Lunatic asylums Bombay report 1878-1890 - 1878-1890
Year: 1878
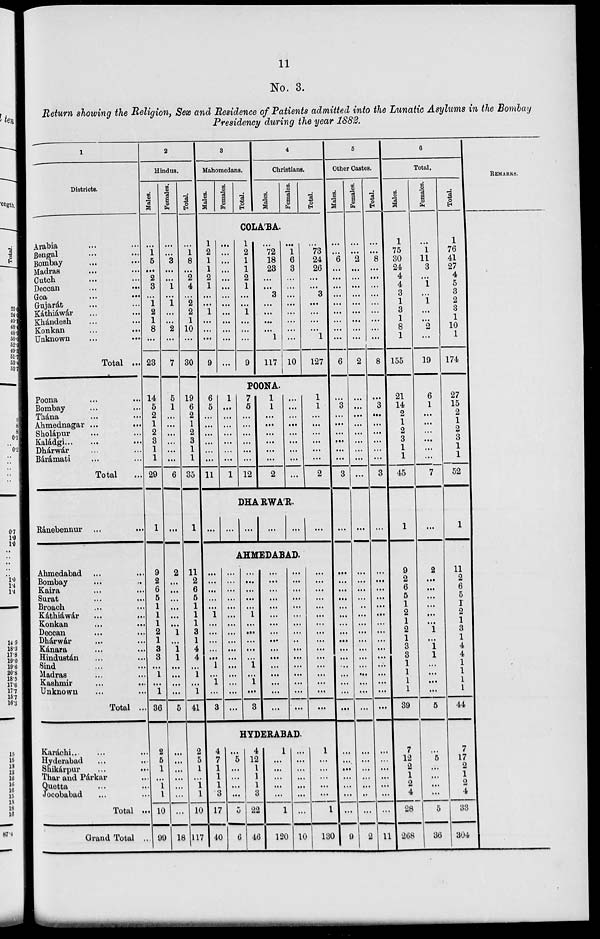
11
No. 3.
Return showing the Religion, Sex and Residence of Patients admitted into the Lunatic Asylums in the Bombay
Presidency during the year 1882.
1
Districts.
Arabia ... ...
Bengal ... ...
Bombay ... ...
Madras ... ...
Cutch ... ...
Deccan
...
...
Goa
...
...
Gujarat ... ...
Káthiáwár ... ...
Khándesh ... ...
Konkan ... ...
Unknown ... ...
Total ...
Poona ... ...
Bombay ... ...
Thána ... ...
Ahmednagar
...
...
Sholápur ... ...
Kaládgi ... ...
Dhárwár ... ...
Bárámati ... ...
Total ...
Ránebennur
...
...
Ahmedabad ... ...
Bombay ... ...
Kaira ... ...
Surat ... ...
Broach ... ...
Káthiáwár
...
...
Konkan ... ...
Deccan ... ...
Dhárwár ... ...
Kánara ... ...
Hindustan ... ...
Sind ... ...
Madras ... ...
Kashmir
...
...
Unknown ... ...
Total ...
Karáchi ... ...
Hyderabad ... ...
Shikárpur
...
...
Thar and Párkar ...
Quetta ... ...
Jocobabad ... ...
Total ...
Grand Total ...
2
Hindus.
Males.
...
1
5
...
2
3
...
1
2
1
8
...
23
14
5
2
1
2
3
1
1
29
1
9
2
6
5
1
1
1
2
1
3
3
...
1
...
1
36
2
5
1
...
1
1
10
99
Females.
...
...
3
...
...
1
...
1
...
...
2
...
7
5
1
...
...
...
...
...
...
6
...
2
...
...
...
...
...
...
1
...
1
1
...
...
...
...
5
...
...
...
...
...
...
...
18
Total.
...
1
8
...
2
4
...
2
2
1
10
...
30
19
6
2
1
2
3
1
1
35
1
11
2
6
5
1
1
1
3
1
4
4
...
1
...
1
41
2
5
1
...
1
1
10
117
3
Mahomedans.
Males.
Females.
Total.
4
Christians.
Males.
Females.
Total.
COLA'BA.
1
2
1
1
2
1
...
...
1
...
...
...
9
...
...
...
...
...
...
...
...
...
...
...
...
...
1
2
1
1
2
1
...
...
1
...
...
...
9
...
72
18
23
...
...
3
...
...
...
...
1
117
...
1
6
3
...
...
...
...
...
...
...
...
10
...
73
24
26
...
...
3
...
...
...
...
1
127
POONA.
6
5
...
...
...
...
...
...
11
1
...
...
...
...
...
...
...
1
7
5
...
...
...
...
...
...
12
1
1
...
...
...
...
...
...
2
...
...
...
...
...
...
...
...
...
1
1
...
...
...
...
...
...
2
DHA'RWA'K.
...
...
...
...
...
...
AHMEDABAD.
...
...
...
...
...
1
...
...
...
...
...
1
...
1
...
3
...
...
...
...
...
...
...
...
...
...
...
...
...
...
...
...
...
...
...
...
...
1
...
...
...
...
...
1
...
1
...
3
...
...
...
...
...
...
...
...
...
...
...
...
...
...
...
...
...
...
...
...
...
...
...
...
...
...
...
...
...
...
...
...
...
...
...
...
...
...
...
...
...
...
...
...
...
...
...
...
HYDERABAD.
4
7
1
1
1
3
17
40
...
5
...
...
...
...
5
6
4
12
1
1
1
3
22
46
1
...
...
...
...
...
1
120
...
...
...
...
...
...
...
10
1
...
...
...
...
...
1
130
5
Other Castes.
Males.
...
...
6
...
...
...
...
...
...
...
...
...
6
...
3
...
...
...
...
...
...
3
...
...
...
...
...
...
...
...
...
...
...
...
...
...
...
...
...
...
...
...
...
...
...
...
9
Females.
...
...
2
...
...
...
...
...
...
...
...
...
2
...
...
...
...
...
...
...
...
...
...
...
...
...
...
...
...
...
...
...
...
...
...
...
...
...
...
...
...
...
...
...
...
...
2
Total.
...
...
8
...
...
...
...
...
...
...
...
...
8
...
3
...
...
...
...
...
...
3
...
...
...
...
...
...
...
...
...
...
...
...
...
...
...
...
...
...
...
...
...
...
...
...
11
6
Total.
Males.
1
75
30
24
4
4
3
1
3
1
8
1
155
21
14
2
1
2
3
1
1
45
1
9
2
6
5
1
2
1
2
1
3
3
1
1
1
1
39
7
12
2
1
2
4
28
268
Females.
...
1
11
3
...
1
...
1
...
...
2
...
19
6
1
...
...
...
...
...
...
7
...
2
...
...
...
...
...
...
1
...
1
1
...
...
...
...
5
...
5
...
...
...
...
5
36
Total.
1
76
41
27
4
5
3
2
3
1
10
1
174
27
15
2
1
2
3
1
1
52
1
11
2
6
5
1 2
1
3
1
4
4
1
1
1
1
44
7
17
2
1
2
4
33
304
REMARKS.